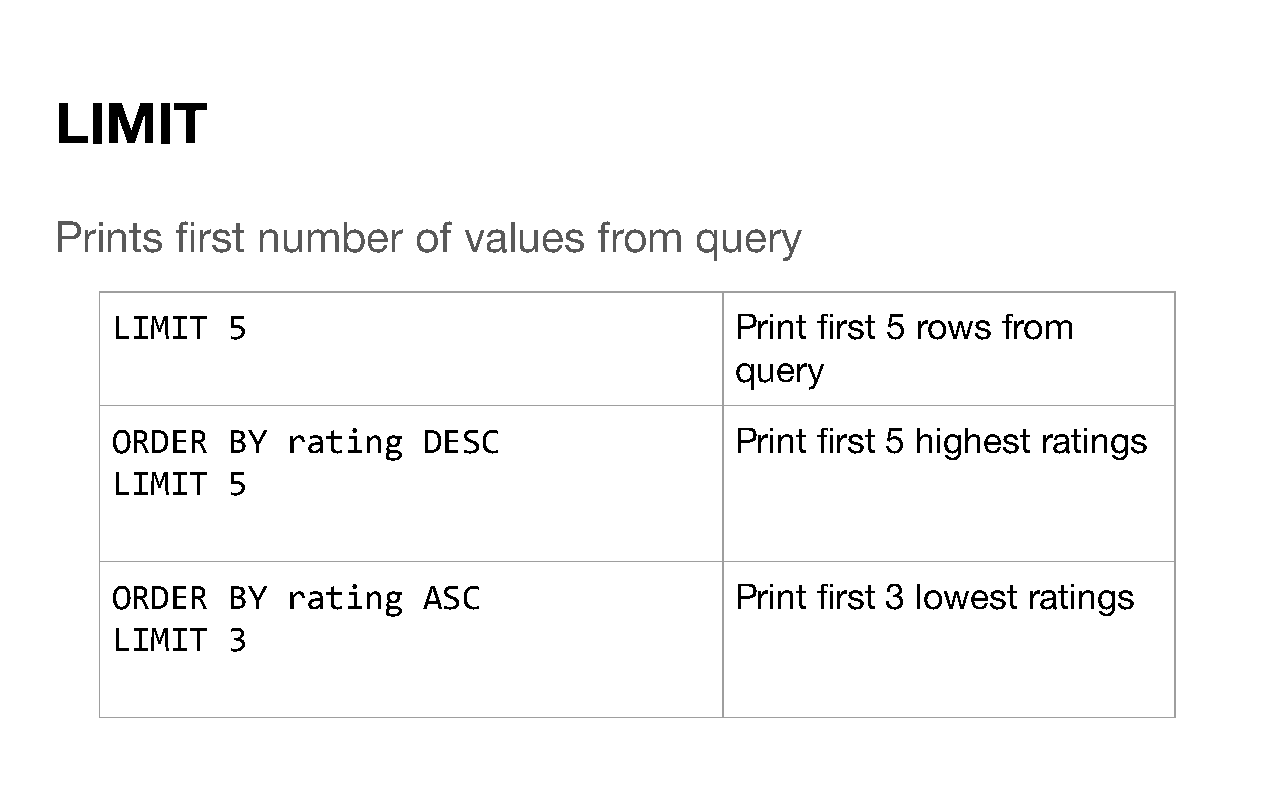
LIMIT
 Prints  first number    of values   from  query
 LIMIT   5                                 Print first 5 rows from
 query
 ORDER   BY  rating   DESC                 Print first 5 highest ratings
 LIMIT   5
 ORDER   BY  rating   ASC                  Print first 3 lowest ratings
 LIMIT   3